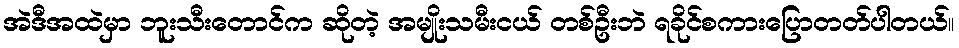
အဲဒီအထဲမှာ ဘူးသီးတောင်က ဆိုတဲ့ အမျိုးသမီးငယ် တစ်ဦးဘဲ ရခိုင်စကားပြောတတ်ပါတယ်။